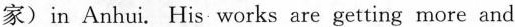
家)in Anhui. His works are getting more and